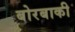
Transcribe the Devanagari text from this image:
बोरबाकी